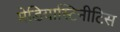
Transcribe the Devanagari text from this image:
मेडियास्टिनीटिस